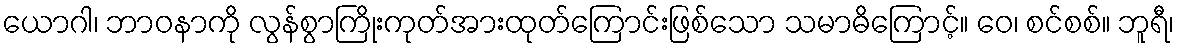
ယောဂါ၊ ဘာဝနာကို လွန်စွာကြိုးကုတ်အားထုတ်ကြောင်းဖြစ်သော သမာဓိကြောင့်။ ဝေ၊ စင်စစ်။ ဘူရီ၊